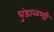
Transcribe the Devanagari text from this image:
धुंडाळणी